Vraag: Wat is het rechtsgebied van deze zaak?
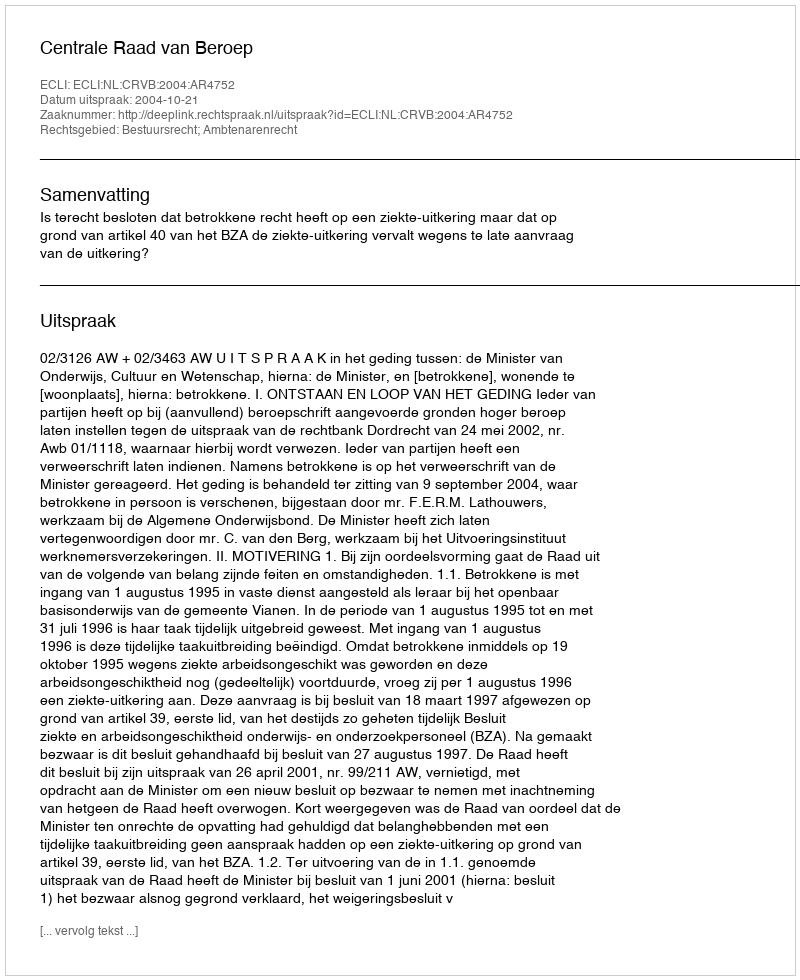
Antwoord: Bestuursrecht; Ambtenarenrecht